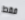
فقط